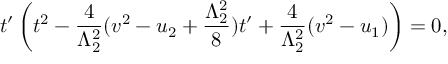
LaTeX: t ^ { \prime } \left( t ^ { 2 } - \frac { 4 } { \Lambda _ { 2 } ^ { 2 } } ( v ^ { 2 } - u _ { 2 } + \frac { \Lambda _ { 2 } ^ { 2 } } { 8 } ) t ^ { \prime } + \frac { 4 } { \Lambda _ { 2 } ^ { 2 } } ( v ^ { 2 } - u _ { 1 } ) \right) = 0 ,